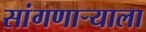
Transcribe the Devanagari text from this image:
सांगणाऱ्याला